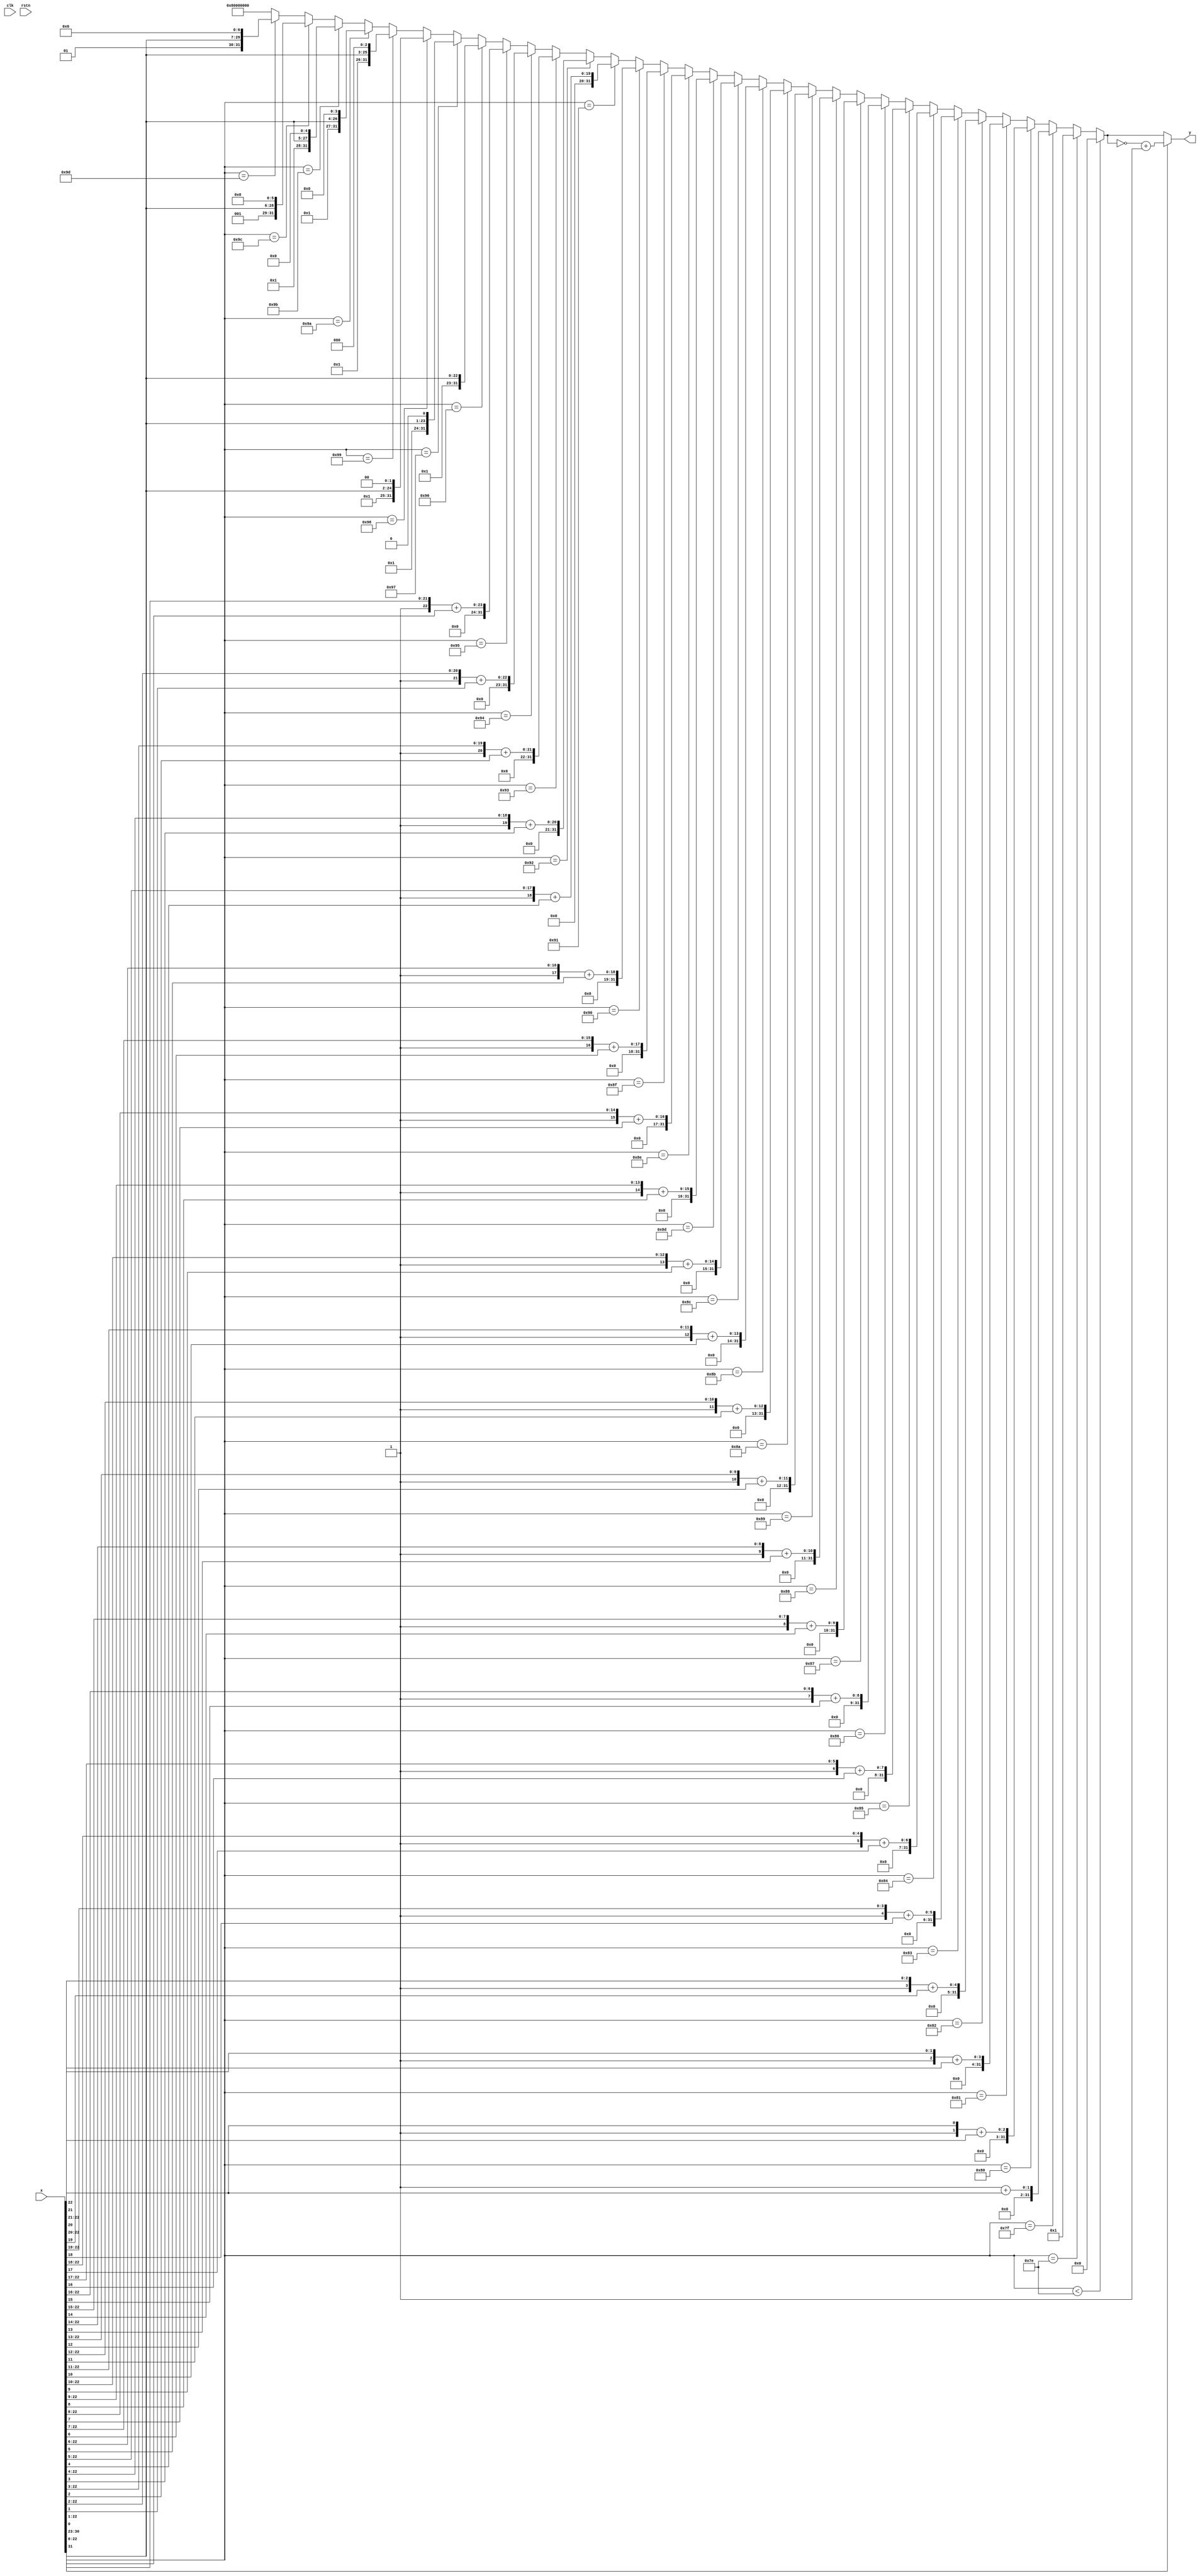
`default_nettype none
module ftoi (
    input wire [31:0] x,
    output wire [31:0] y,
    input wire clk,
    input wire rstn);

wire s = x[31];
wire [7:0] e = x[30:23];
wire [22:0] m = x[22:0];
wire [31:0] absy;
//wire [23:0] rman = {1'b1, m};

assign absy =  (e < 8'b01111110) ? 32'b0 :
            (e == 8'b01111110) ? 32'b1 :
            (e == 8'b01111111) ? 32'b1 + m[22] :
            (e == 8'b10000000) ? {31'b1, m[22]} + m[21] :
            (e == 8'b10000001) ? {30'b1, m[22:21]} + m[20] :
            (e == 8'b10000010) ? {29'b1, m[22:20]} + m[19] :
            (e == 8'b10000011) ? {28'b1, m[22:19]} + m[18] :
            (e == 8'b10000100) ? {27'b1, m[22:18]} + m[17] :
            (e == 8'b10000101) ? {26'b1, m[22:17]} + m[16] :
            (e == 8'b10000110) ? {25'b1, m[22:16]} + m[15] :
            (e == 8'b10000111) ? {24'b1, m[22:15]} + m[14] :
            (e == 8'b10001000) ? {23'b1, m[22:14]} + m[13] :
            (e == 8'b10001001) ? {22'b1, m[22:13]} + m[12] :
            (e == 8'b10001010) ? {21'b1, m[22:12]} + m[11] :
            (e == 8'b10001011) ? {20'b1, m[22:11]} + m[10] :
            (e == 8'b10001100) ? {19'b1, m[22:10]} + m[9] :
            (e == 8'b10001101) ? {18'b1, m[22:9]} + m[8] :
            (e == 8'b10001110) ? {17'b1, m[22:8]} + m[7] :
            (e == 8'b10001111) ? {16'b1, m[22:7]} + m[6] :
            (e == 8'b10010000) ? {15'b1, m[22:6]} + m[5] :
            (e == 8'b10010001) ? {14'b1, m[22:5]} + m[4] :
            (e == 8'b10010010) ? {13'b1, m[22:4]} + m[3] :
            (e == 8'b10010011) ? {12'b1, m[22:3]} + m[2] :
            (e == 8'b10010100) ? {11'b1, m[22:2]} + m[1] :
            (e == 8'b10010101) ? {10'b1, m[22:1]} + m[0] :
            (e == 8'b10010110) ? {9'b1, m[22:0]} :
            (e == 8'b10010111) ? {8'b1, m[22:0], 1'b0} :
            (e == 8'b10011000) ? {7'b1, m[22:0], 2'b0} :
            (e == 8'b10011001) ? {6'b1, m[22:0], 3'b0} :
            (e == 8'b10011010) ? {5'b1, m[22:0], 4'b0} :
            (e == 8'b10011011) ? {4'b1, m[22:0], 5'b0} :
            (e == 8'b10011100) ? {3'b1, m[22:0], 6'b0} :
            (e == 8'b10011101) ? {2'b1, m[22:0], 7'b0} :
            //(e == 8'b10011110) ? {1'b1, m[22:0], 8'b0} :      // unsigned
                {1'b1, 31'b0};

assign y = (s == 0) ? absy : (~absy) + 1'b1;

endmodule
`default_nettype wire